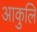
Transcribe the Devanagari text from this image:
आकुलि